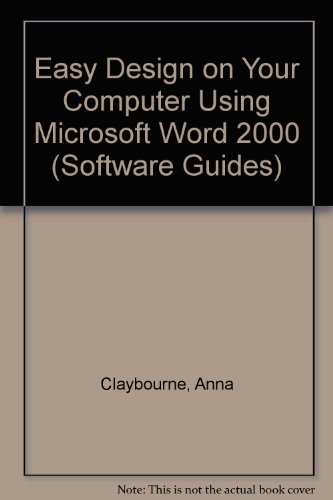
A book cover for Easy Design on Your Computer Using Microsoft Word 2000 (Software Guides); Anna Claybourne; Children's Books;